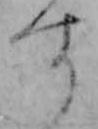
す